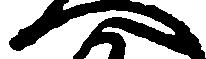
へ